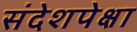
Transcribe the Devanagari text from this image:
संदेशपेक्षा